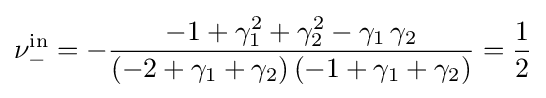
\nu _{-}^{\mathrm {in} }=-{\frac {-1+\gamma _{1}^{2}+\gamma _{2}^{2}-\gamma _{1}\,\gamma _{2}}{(-2+\gamma _{1}+\gamma _{2})\,(-1+\gamma _{1}+\gamma _{2})}}={\frac {1}{2}}